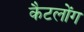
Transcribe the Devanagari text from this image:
कैटलोंग